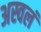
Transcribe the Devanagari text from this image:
अस्वलं